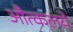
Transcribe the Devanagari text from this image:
औत्कलये